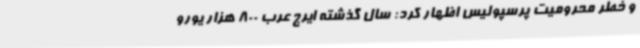
و خطر محرومیت پرسپولیس اظهار کرد: سال گذشته ایرج عرب 800 هزار یورو